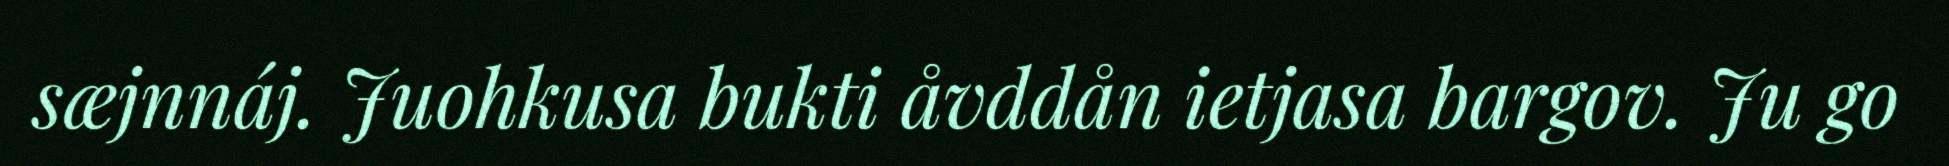
sæjnnáj. Juohkusa bukti åvddån ietjasa bargov. Ju go